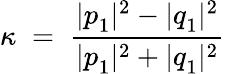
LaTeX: \kappa\; =\; \frac{|p_{1}^{~}|^{2}-|q_{1}^{~}|^{2}}{|p_{1}^{~}|^{2}+|q_{1}^{~}|^{2}}\;